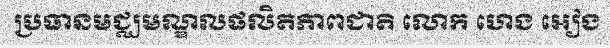
ប្រធានមជ្ឈមណ្ឌលផលិតភាពជាតិ លោក ហេង អៀង